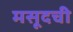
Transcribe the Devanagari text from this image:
मसूदची